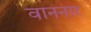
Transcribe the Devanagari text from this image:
वाननार